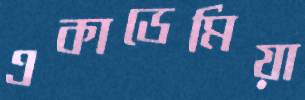
একাডেমিয়া